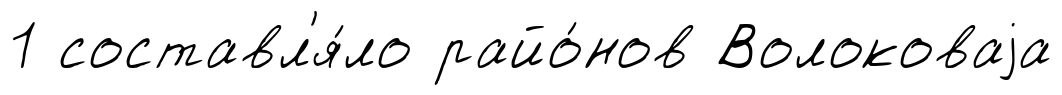
1 составл'я́ло райо́нов Волоковаjа